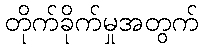
တိုက်ခိုက်မှုအတွက်